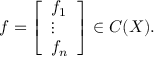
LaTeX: f = { \left[ \begin{array} { l } { f _ { 1 } } \\ { \vdots } \\ { f _ { n } } \end{array} \right] } \in C ( X ) .